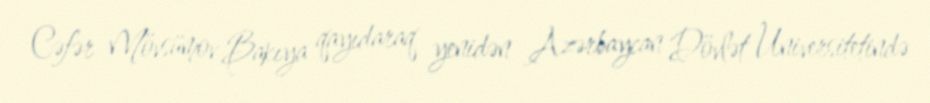
Cəfər Mövsümov Bakıya qayıdaraq yenidən Azərbaycan Dövlət Universitetində